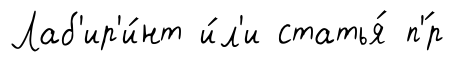
Лаб'ир'и́нт и́л'и статья́ п'́р